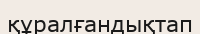
құралғандықтап